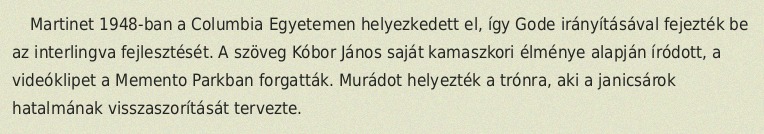
Martinet 1948-ban a Columbia Egyetemen helyezkedett el, így Gode irányításával fejezték be az interlingva fejlesztését. A szöveg Kóbor János saját kamaszkori élménye alapján íródott, a videóklipet a Memento Parkban forgatták. Murádot helyezték a trónra, aki a janicsárok hatalmának visszaszorítását tervezte.